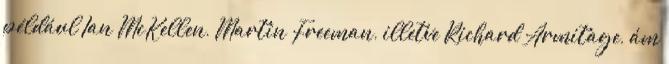
például Ian McKellen, Martin Freeman, illetve Richard Armitage, ám